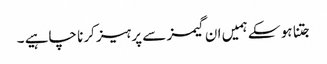
جتنا ہو سکے ہمیں ان گیمز سے پرہیز کرنا چاہیے ۔